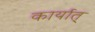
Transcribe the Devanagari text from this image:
कार्यात्